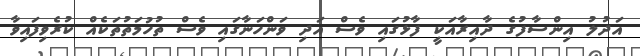
އަދުލު އިންސާފުގެ ދާއިރާއަކީ ފާޅުގައި ވެސް އަދި ވަންހަނާގައި ވެސް ތުހުމަތުތަކެއް ކުރެވިފައިވާ